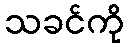
သခင်ကို